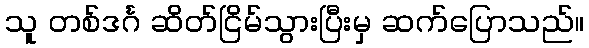
သူ တစ်ဒင်္ဂ ဆိတ်ငြိမ်သွားပြီးမှ ဆက်ပြောသည်။